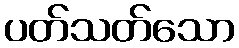
ပတ်သတ်သော